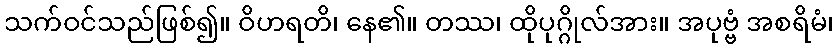
သက်ဝင်သည်ဖြစ်၍။ ဝိဟရတိ၊ နေ၏။ တဿ၊ ထိုပုဂ္ဂိုလ်အား။ အပုဗ္ဗံ အစရိမံ၊